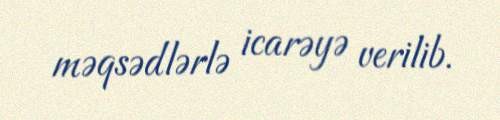
məqsədlərlə icarəyə verilib.